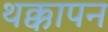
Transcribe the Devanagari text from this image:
थक्कापन